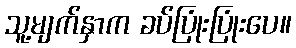
သူ့မျက်နှာက ခပ်ပြုံးပြုံးပေ။